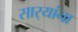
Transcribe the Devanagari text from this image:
सार्‍यांना